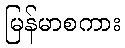
မြန်မာစကား